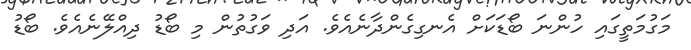
މަގުމަތީގައި ހުންނަ ބޯޑަކަށް އެނގިގެންދާނެއެވެ. އަދި ވަގުތުން މި ބޯޑު ދިއްލޭނެއެވެ. ބޯޑު